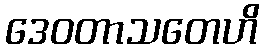
ဒေဝတာသတေဟိ